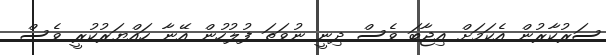
ސަރުކާރުން އެކަމަށް އިޖާބަ ވެސް ދިނީ ނުވަތަ ފުލުހުން އޭނާ ހައްޔަރުކުރީ ވެސް